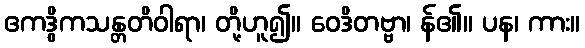
ဧကဒွိကသန္တတိဝါရာ၊ တို့ဟူ၍။ ဝေဒိတဗ္ဗာ၊ န်၏။ ပန၊ ကား။